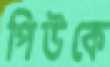
পিউকে